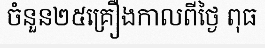
ចំនួន២៥គ្រឿងកាលពីថ្ងៃ ពុធ